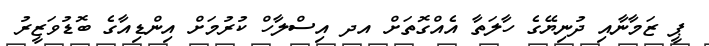
ޕީ ޒަމާނާއި ދުނިޔޭގެ ހާލަތާ އެއްގޮތަށް އދ އިސްލާހް ކުރުމަށް އިންޑިއާގެ ބޮޑުވަޒީރު